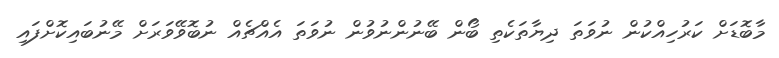
މާބޮޑަށް ކަރުހިއްކުން ނުވަތަ ދިޔާތަކެތި ބޯން ބޭނުންނުވުން ނުވަތަ އެއްޗެއް ނުބޮވޭވަރަށް މޭނުބައިކޮށްފައި